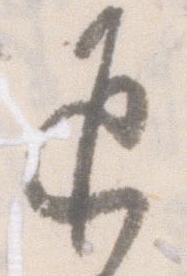
返